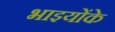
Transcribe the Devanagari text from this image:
भाइयोंके